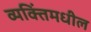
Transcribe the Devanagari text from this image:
व्यक्तिंमधील